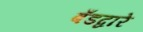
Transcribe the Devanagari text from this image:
बँडद्वारे